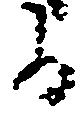
る